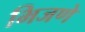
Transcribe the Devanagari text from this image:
भिजणे